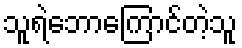
သူရဲဘောကြောင်တဲ့သူ